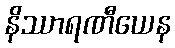
နိဿာရဏီယေန